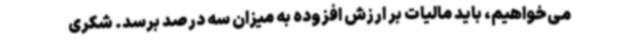
می‌خواهیم، باید مالیات بر ارزش افزوده به میزان سه درصد برسد. شکری